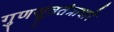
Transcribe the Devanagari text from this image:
गुणसूत्रतंत्राधारे